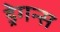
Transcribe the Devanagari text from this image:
ड्रेगन्स